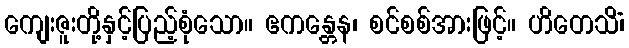
ကျေးဇူးတို့နှင့်ပြည့်စုံသော။ ဧကန္တေန၊ စင်စစ်အားဖြင့်။ ဟိတေသိံ၊